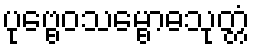
ပုဗ္ဗေဝသမ္ဗောဓသုတ္တံ